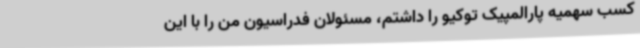
کسب سهمیه پارالمپیک توکیو را داشتم، مسئولان فدراسیون من را با این